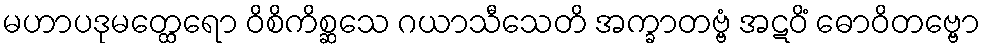
မဟာပဒုမတ္ထေရော ဝိစိကိစ္ဆသေ ဂယာသီသေတိ အက္ခာတဗ္ဗံ အဋဝိံ ဓောဝိတဗ္ဗော